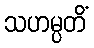
သဟမ္ပတိံ